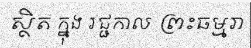
ស្ថិត ក្នុង រជ្ជកាល ព្រះធម្មរា